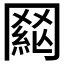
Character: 𦋟